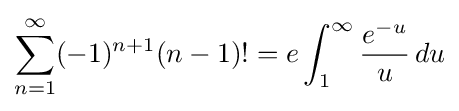
\sum _{n=1}^{\infty }(-1)^{n+1}(n-1)!=e\int _{1}^{\infty }{\frac {e^{-u}}{u}}\,du